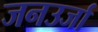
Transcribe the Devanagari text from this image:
जनउर्जा